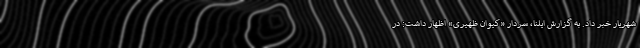
شهریار خبر داد. به گزارش ایلنا، سردار «کیوان ظهیری» اظهار داشت: در